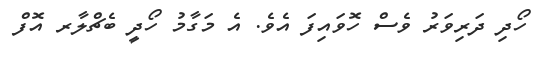
ހޯދި ދަރިވަރު ވެސް ހޮވައިފަ އެވެ. އެ މަގާމު ހޯދީ ބެޗްލާރ އޮފް